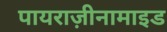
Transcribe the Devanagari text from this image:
पायराज़ीनामाइड